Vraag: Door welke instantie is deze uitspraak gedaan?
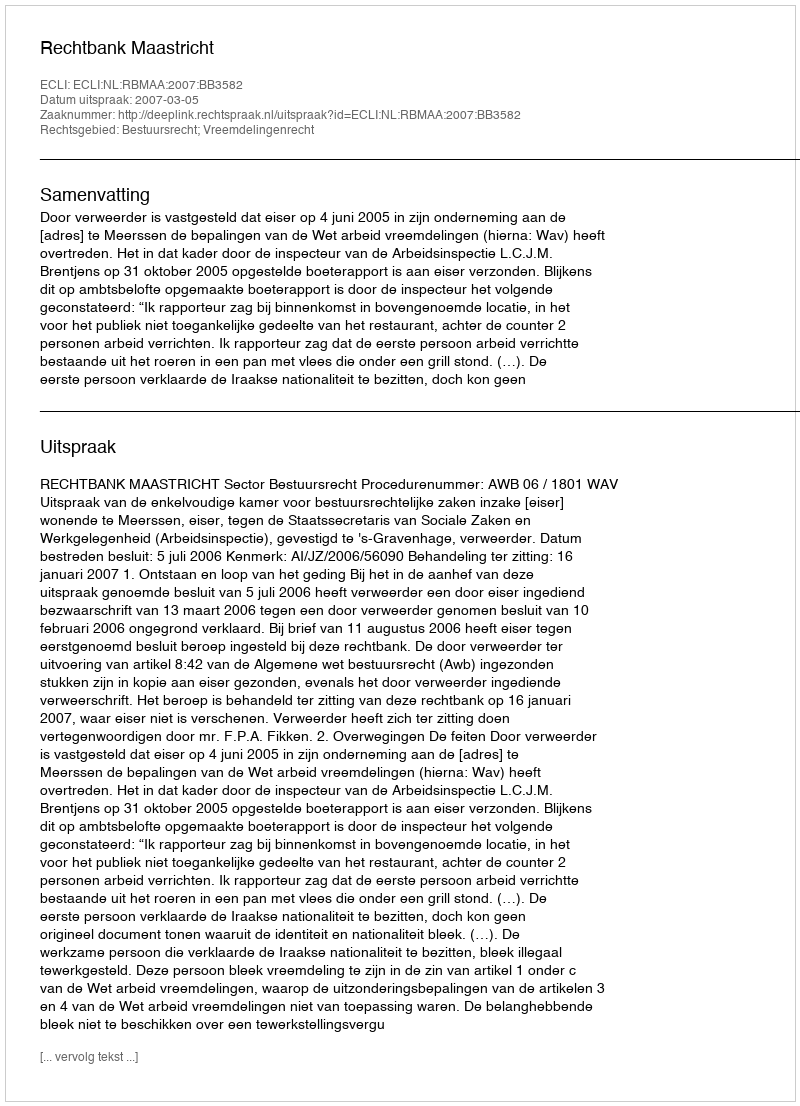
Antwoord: Rechtbank Maastricht